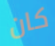
كان